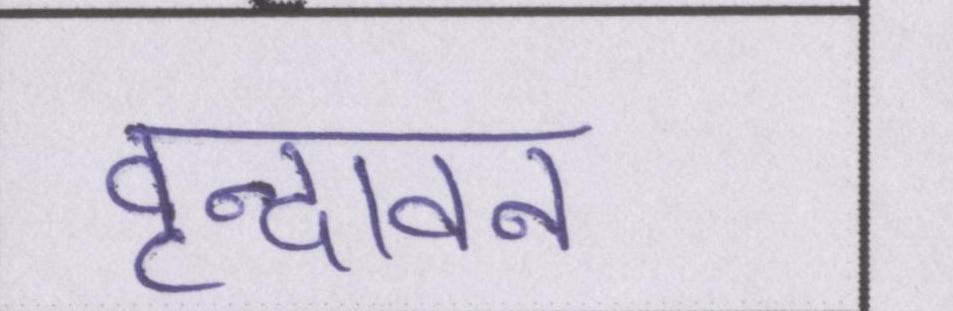
वृन्दावन